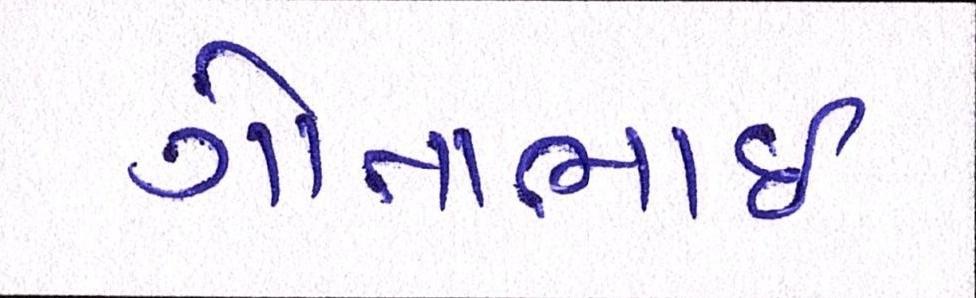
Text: ગોતાભાઈ